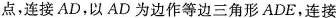
点，连接AD，以AD为边作等边三角形ADE，连接